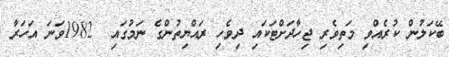
ބޭކަލުން ކުރެއްވި މަތިވެރި ޖިހާދަށްޓަކައި ދިވެހި ރައްޔިތުންގެ ނަމުގައި  1982ވަނަ އަހަރާ